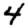
Digit: 4